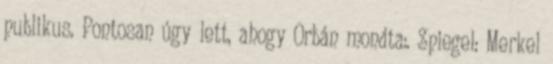
publikus. Pontosan úgy lett, ahogy Orbán mondta:. Spiegel: Merkel